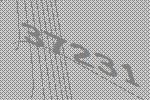
37231